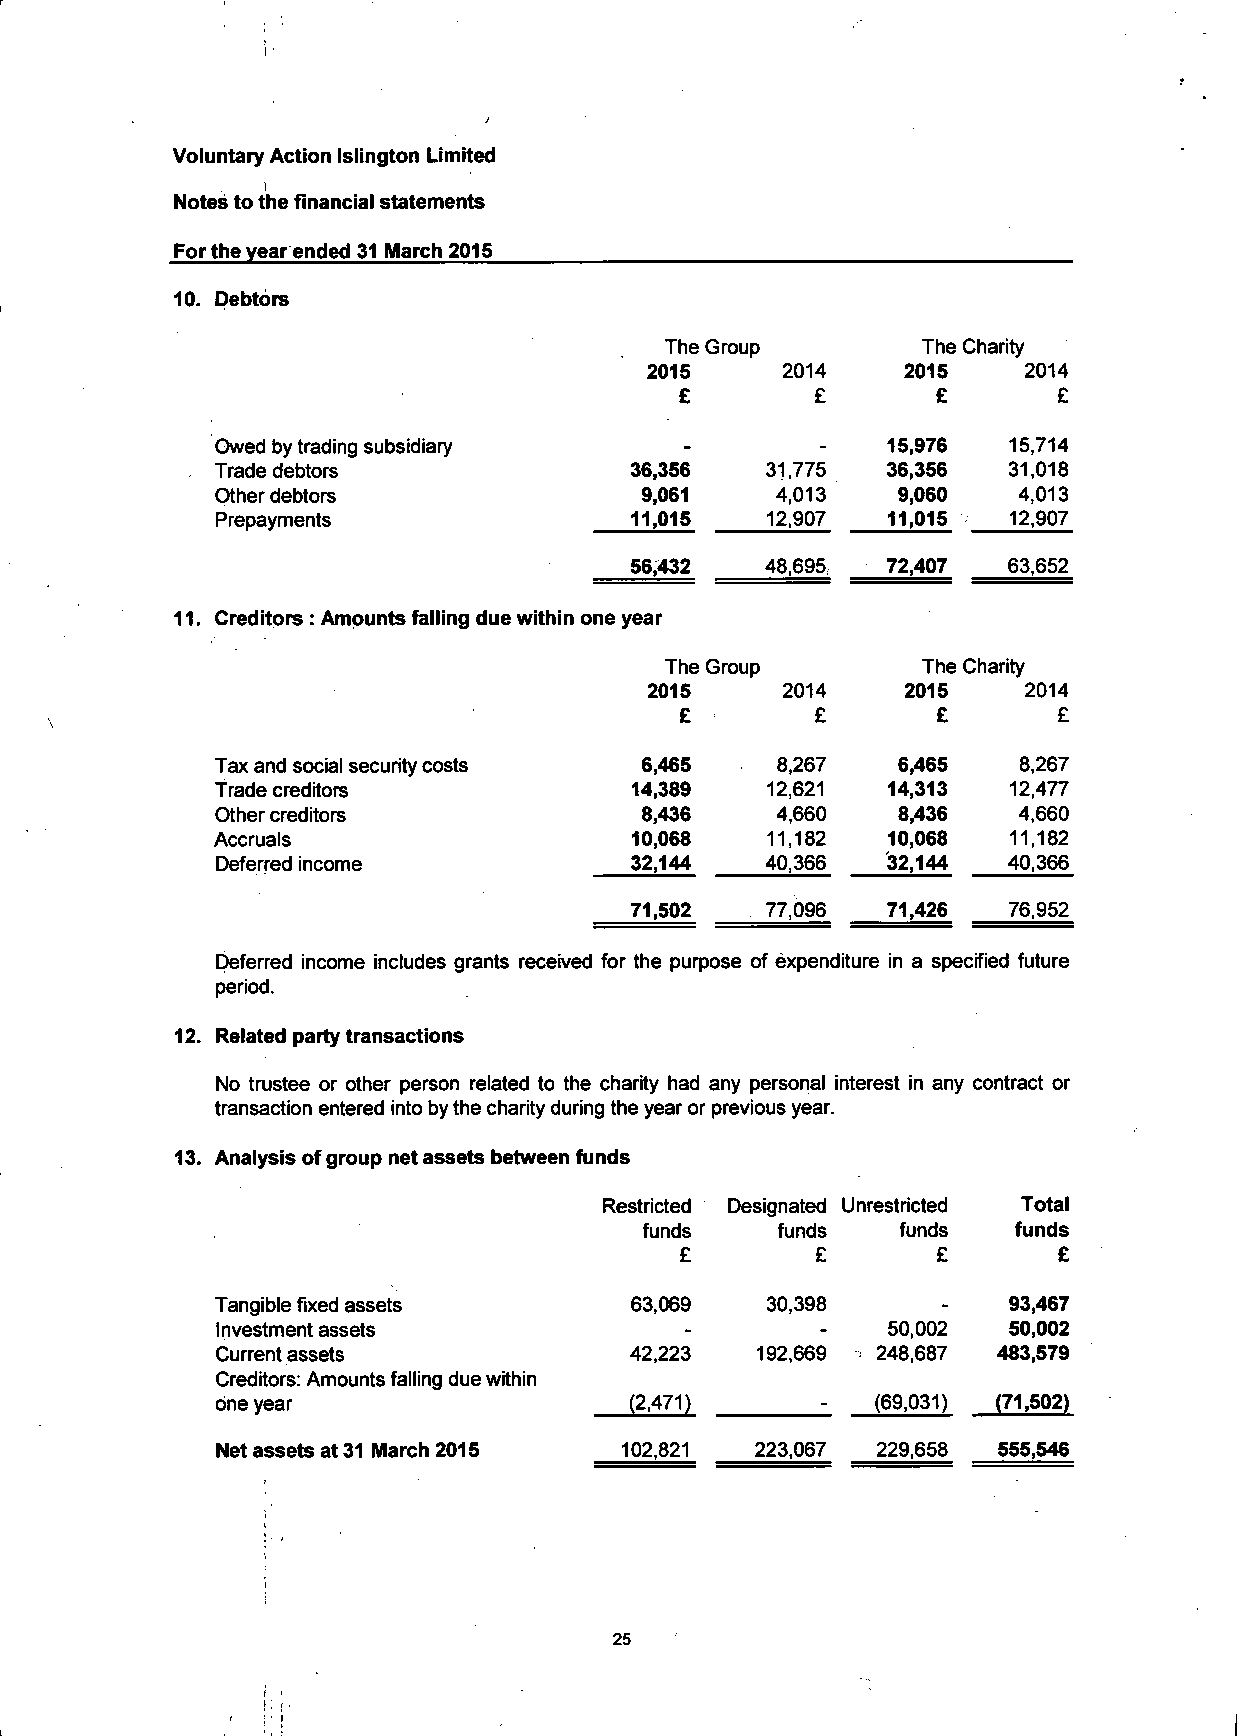
Voluntary Action Islington Limited
 i
 Notes to the financial statements
 For the year ended 31 March 2015
 10. Debtors
 The Group        The Charity
 2015     2014    2015    2014
 £        £       £       £
 Owed by trading subsidiary                   15,976  15,714
 Trade debtors               36,356   31,775  36,356  31,018
 Other debtors               9,061    4,013   9,060   4,013
 Prepayments                 11,015   12,907  11,015  12,907
 56,432   48,695  72,407  63,652
 Creditors : Amounts falling due within one year
 The Group        The Charity
 2015     2014    2015    2014
 £        £       £       £
 Tax and social security costs 6,465  8,267   6,465   8,267
 Trade creditors             14,389   12,621  14,313  12,477
 Other creditors             8,436    4,660   8,436   4,660
 Accruals                    10,068   11,182  10,068  11,182
 Deferred income             32,144   40,366  32,144  40,366
 71,502   77,096  71,426  76,952
 Deferred income includes grants received for the purpose of expenditure in a specified future
 period.
 Related party transactions
 No trustee or other person related to the charity had any personal interest in any contract or
 transaction entered into by the charity during the year or previous year.
 Analysis of group net assets between funds
 Restricted Designated Unrestricted Total
 funds   funds    funds  funds
 £        £       £       £
 Tangible fixed assets       63,069   30,398          93,467
 Investment assets                            50,002  50,002
 Current assets              42,223  192,669 248,687 483,579
 Creditors: Amounts falling due within
 one year                    (2,471)         (69,031) (71,502)
 Net assets at 31 March 2015 102,821 223,067 229,658 555,546
 25